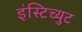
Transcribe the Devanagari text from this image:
इंस्टिच्युट